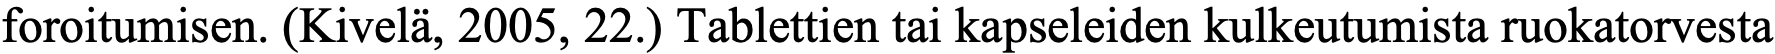
foroitumisen. (Kivelä, 2005, 22.) Tablettien tai kapseleiden kulkeutumista ruokatorvesta